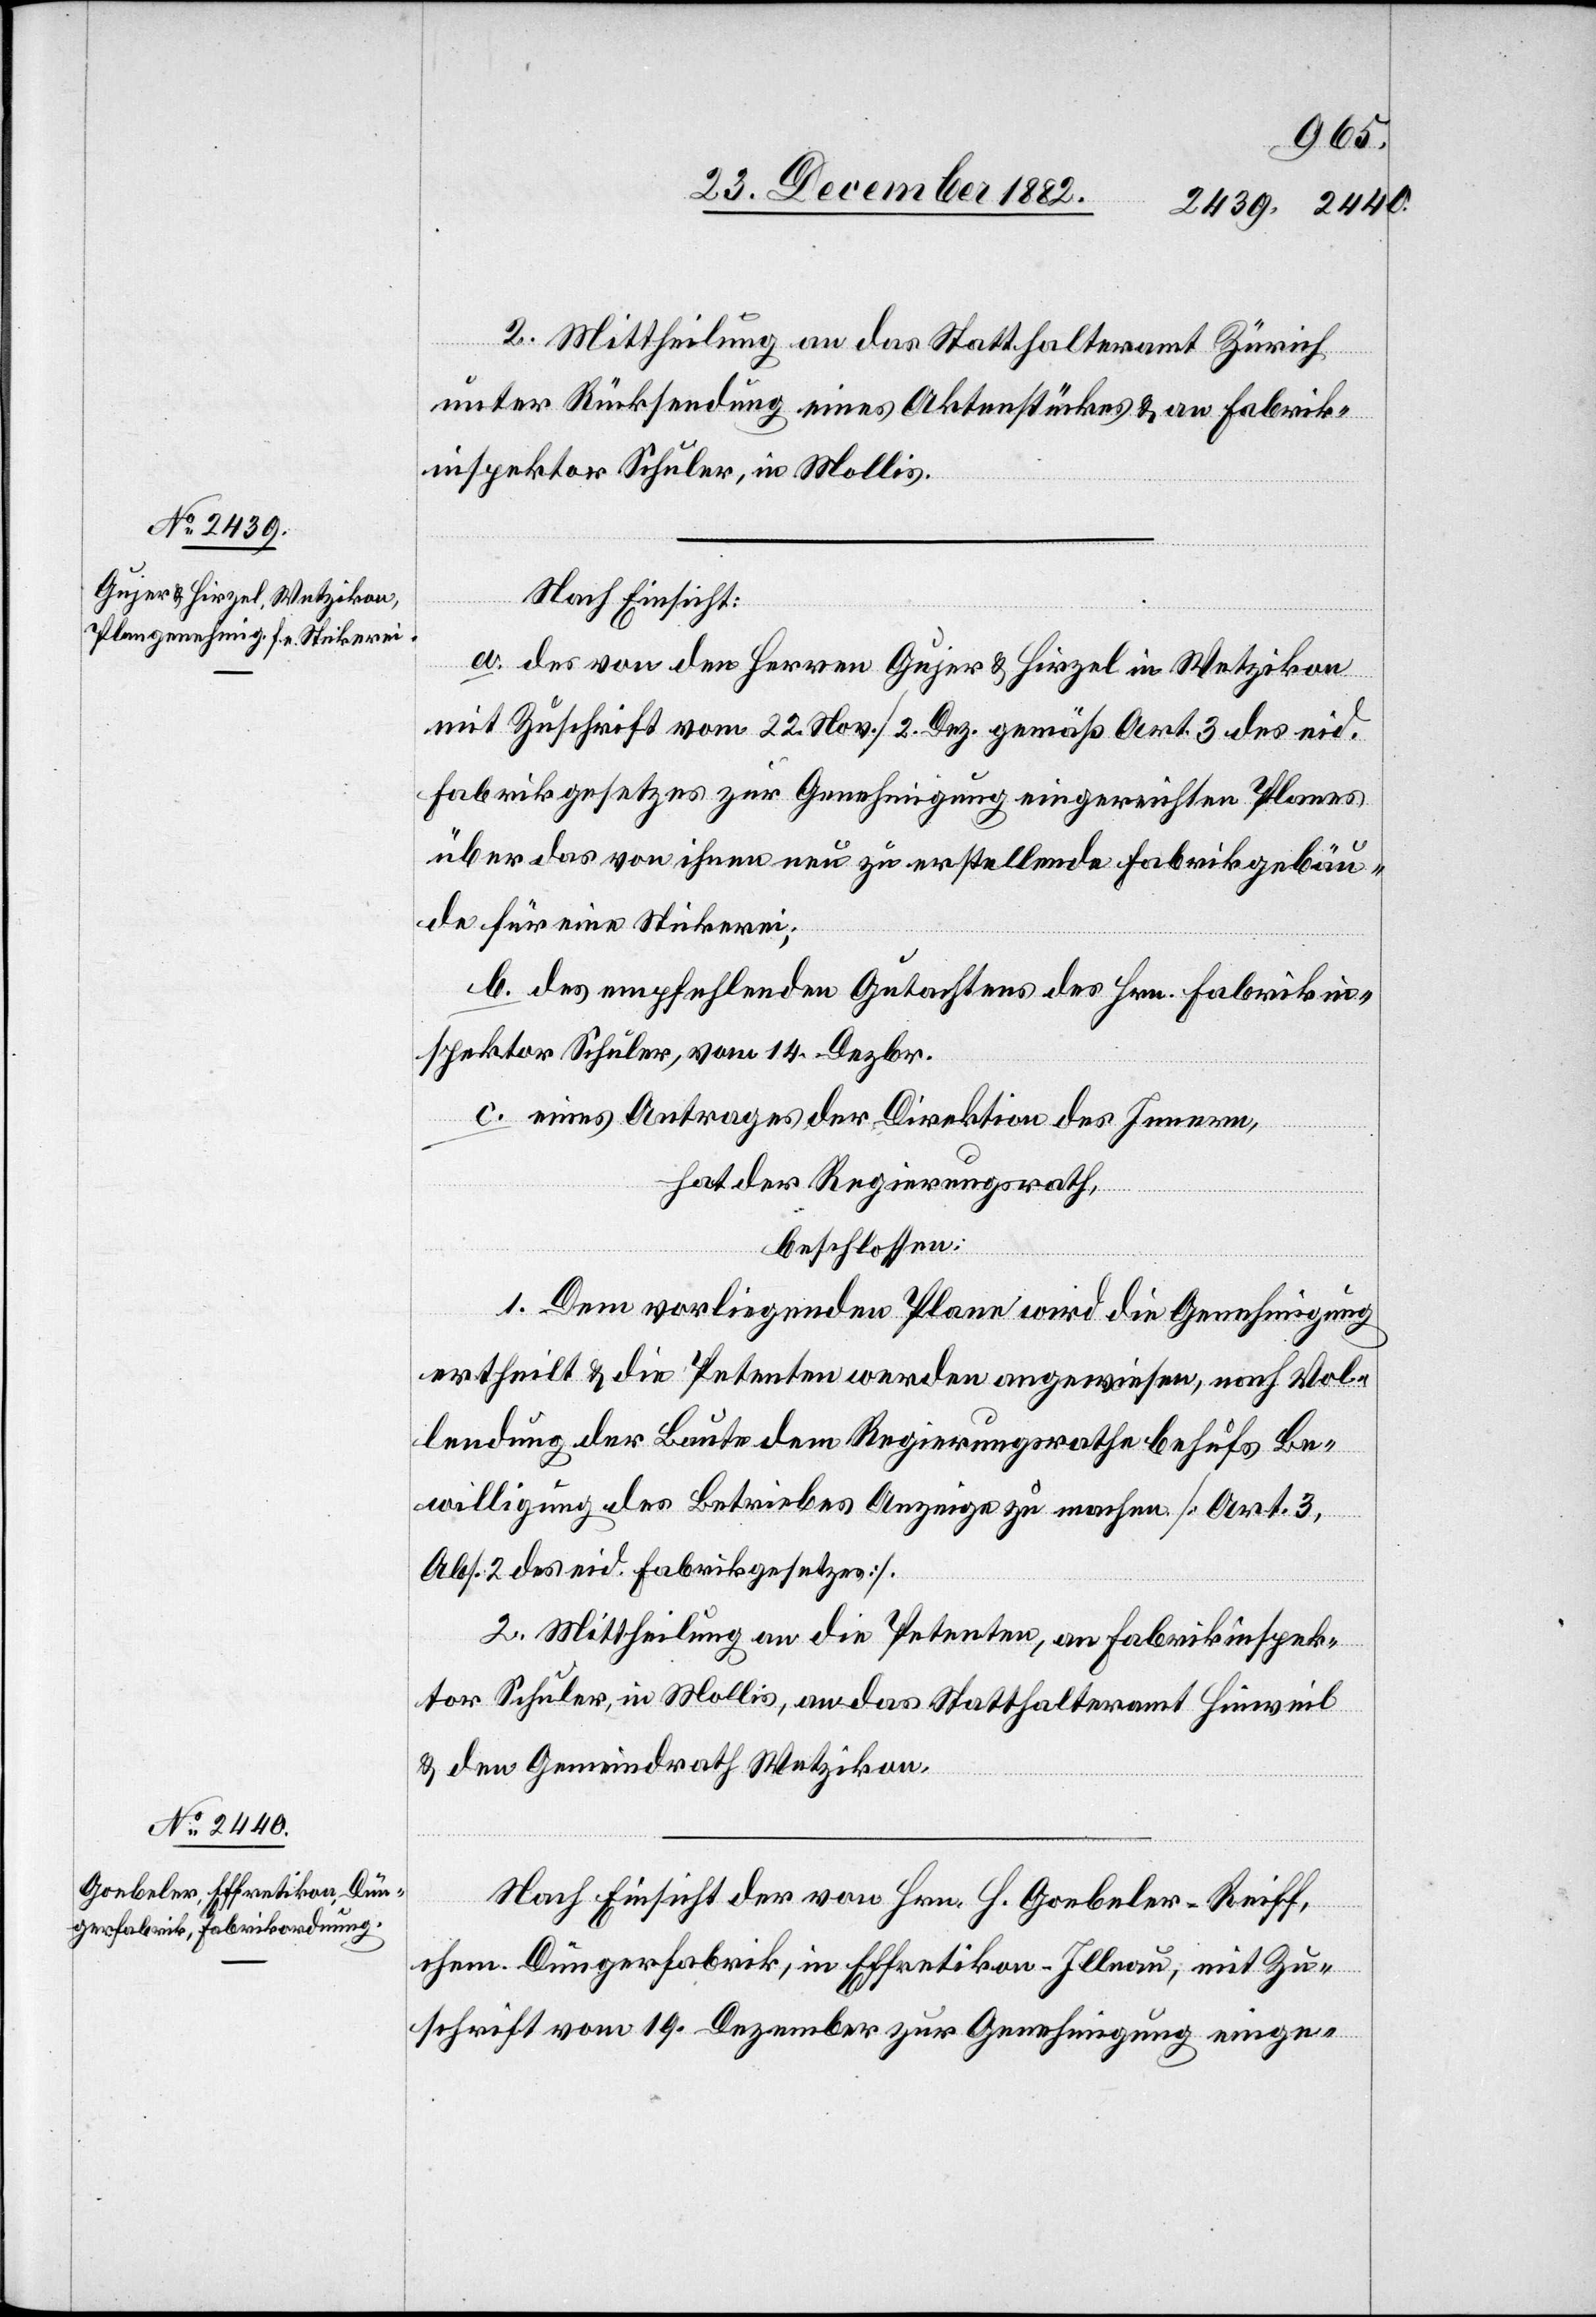
2. Mittheilung an das Statthalteramt Zürich
unter Rücksendung eines Aktenstückes & an Fabrik¬
inspektor Schuler, in Mollis.
Nach Einsicht:
a. des von den Herren Gujer & Hirzel in Wetzikon
mit Zuschrift vom 22. Nov./2. Dez. gemäß Art. 3 des eid.
Fabrikgesetzes zur Genehmigung eingereichten Planes
über das von ihnen neu zu erstellende Fabrikgebäu¬
de für eine Stickerei;
b. des empfehlenden Gutachtens des Hrn. Fabrikin¬
spektor Schuler, vom 14. Dezbr.
c. eines Antrages der Direktion des Innern,
hat der Regierungsrath,
beschlossen:
1. Dem vorliegenden Plane wird die Genehmigung
ertheilt & die Petenten werden angewiesen, nach Vol¬
lendung der Baute dem Regierungsrathe behufs Be¬
willigung des Betriebes Anzeige zu machen [Art. 3,
Abs. 2 des Fabrikgesetzes].
2. Mittheilung an die Petenten, an Fabrikinspek¬
tor Schuler, in Mollis, an das Statthalteramt Hinweil
& den Gemeindrath Wetzikon.
Nach Einsicht der von Hrn. H. Goebeler-Reiff,
ehem. Düngerfabrik, in Effretikon - Illnau, mit Zu¬
schrift vom 19. Dezember zur Genehmigung einge-